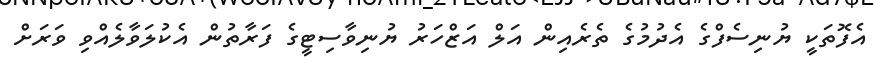
އެފޮތަކީ ޔުނިސެފްގެ އެދުމުގެ ތެރެއިން އަލް އަޒްހަރު ޔުނިވާސިޓީގެ ފަރާތުން އެކުލަވާލެއްވި ވަރަށް